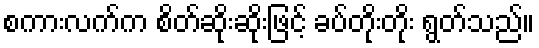
စကားလက်က စိတ်ဆိုးဆိုးဖြင့် ခပ်တိုးတိုး ရွတ်သည်။